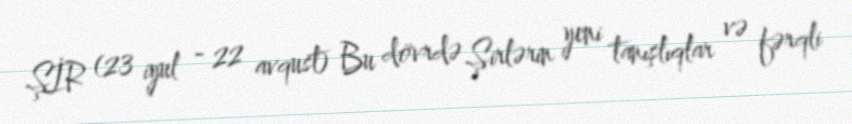
ŞİR (23 iyul - 22 avqust) Bu dövrdə Şirlərin yeni tanışlıqlar və fərqli